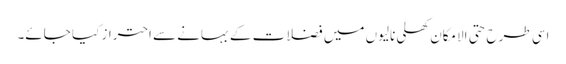
اسی طرح حتی الامکان کھلی نالیوں میں فضلات کے بہانے سے احتراز کیا جائے۔